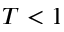
T < 1